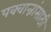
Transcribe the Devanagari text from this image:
पक्वान्नांसाठी